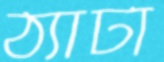
ঠ্যাটা